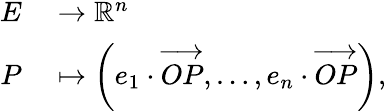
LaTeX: \begin{array}{rl}{E}&{{}\to\mathbb{R}^{n}}\\ {P}&{{}\mapsto\left(e_{1}\cdot{\overrightarrow{OP}},\dots,e_{n}\cdot{\overrightarrow{OP}}\right),}\end{array}